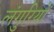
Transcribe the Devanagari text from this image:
लंगुरियों